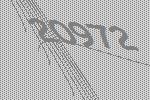
20972